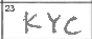
Transcription: KYC